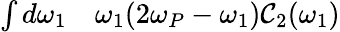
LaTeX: \begin{array}{rl}{\int d\omega_{1}}&{{}\omega_{1}(2\omega_{P}-\omega_{1})\mathcal{C}_{2}(\omega_{1})}\end{array}